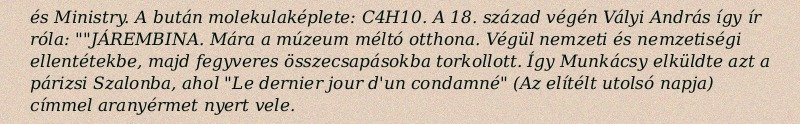
és Ministry. A bután molekulaképlete: C4H10. A 18. század végén Vályi András így ír róla: ""JÁREMBINA. Mára a múzeum méltó otthona. Végül nemzeti és nemzetiségi ellentétekbe, majd fegyveres összecsapásokba torkollott. Így Munkácsy elküldte azt a párizsi Szalonba, ahol "Le dernier jour d'un condamné" (Az elítélt utolsó napja) címmel aranyérmet nyert vele.